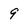
Character: 9